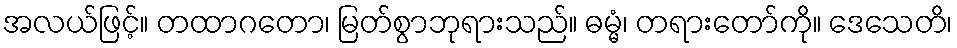
အလယ်ဖြင့်။ တထာဂတော၊ မြတ်စွာဘုရားသည်။ ဓမ္မံ၊ တရားတော်ကို။ ဒေသေတိ၊